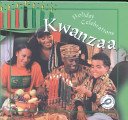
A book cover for Kwanzaa (Holiday Celebrations); Jason Cooper; Children's Books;